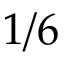
1 / 6